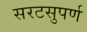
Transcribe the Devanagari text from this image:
सरटसुपर्ण